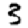
Digit: 3